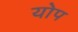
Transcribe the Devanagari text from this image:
योप